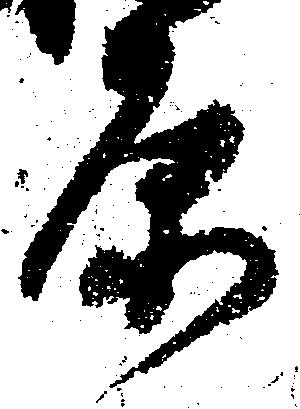
原